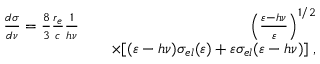
\begin{array} { r l r } { \frac { d \sigma } { d \nu } = \frac { 8 } { 3 } \frac { r _ { e } } { c } \frac { 1 } { h \nu } } & { } & { \left( \frac { \varepsilon - h \nu } { \varepsilon } \right) ^ { 1 / 2 } } \\ & { } & { \times [ ( \varepsilon - h \nu ) \sigma _ { e l } ( \varepsilon ) + \varepsilon \sigma _ { e l } ( \varepsilon - h \nu ) ] \; , } \end{array}